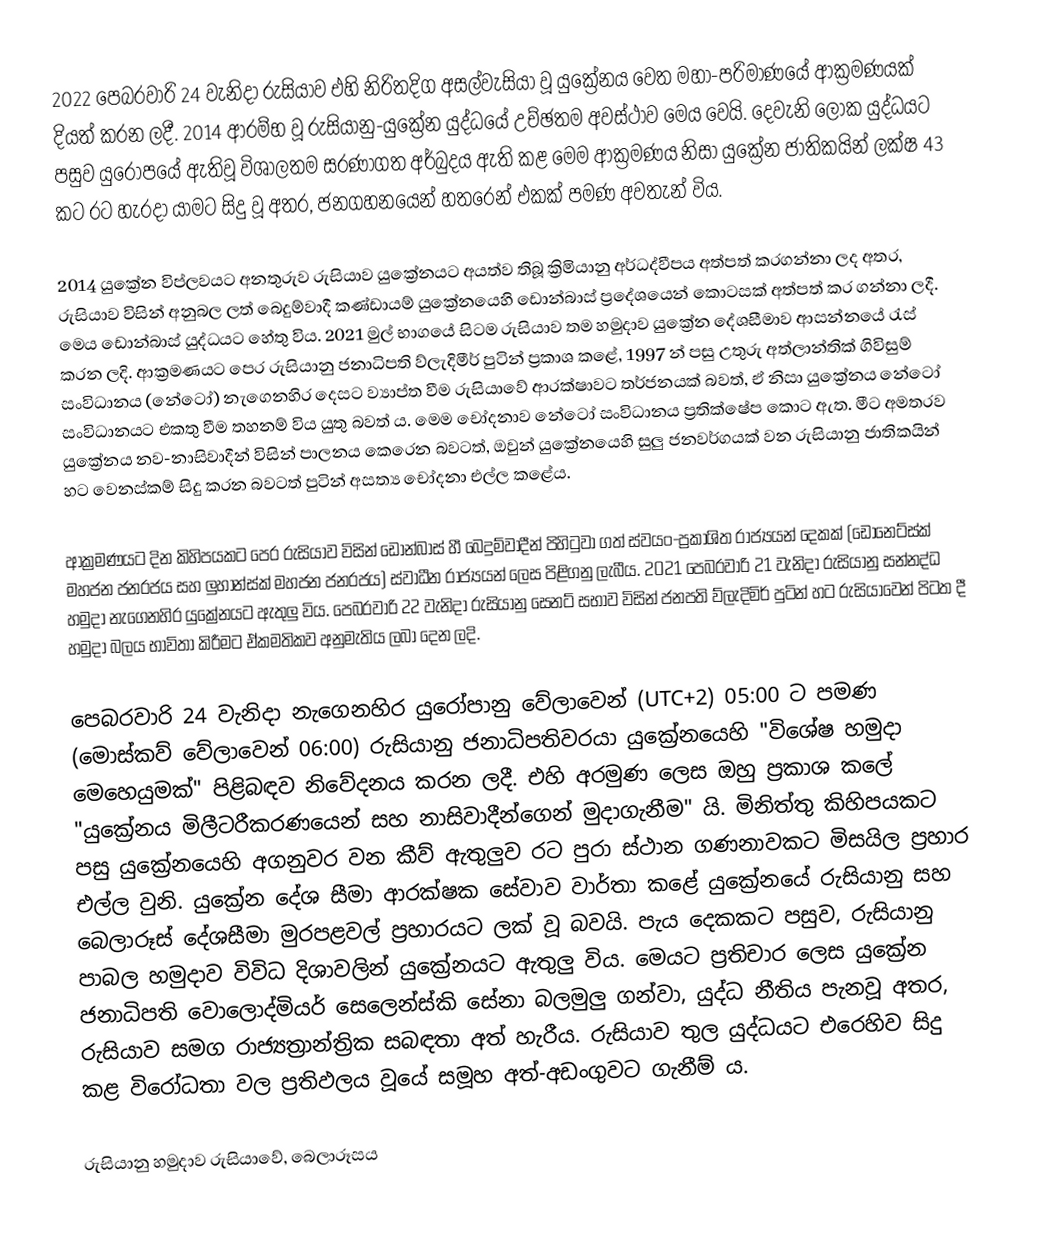
2022 පෙබරවාරි 24 වැනිදා රුසියාව එහි නිරිතදිග අසල්වැසියා වූ යුක්‍රේනය වෙත මහා-පරිමාණයේ ආක්‍රමණයක් දියත් කරන ලදී. 2014 ආරම්භ වූ රුසියානු-යුක්‍රේන යුද්ධයේ උච්ඡතම අවස්ථාව මෙය වෙයි. දෙවැනි ලෝක යුද්ධයට පසුව යුරෝපයේ ඇතිවූ විශාලතම සරණාගත අර්බුදය ඇති කළ මෙම ආක්‍රමණය නිසා යුක්‍රේන ජාතිකයින් ලක්ෂ 43 කට රට හැරදා යාමට සිදු වූ අතර, ජනගහනයෙන් හතරෙන් එකක් පමණ අවතැන් විය.

2014 යුක්‍රේන විප්ලවයට අනතුරුව රුසියාව යුක්‍රේනයට අයත්ව තිබූ ක්‍රිමියානු අර්ධද්වීපය අත්පත් කරගන්නා ලද අතර, රුසියාව විසින් අනුබල ලත් බෙදුම්වාදී කණ්ඩායම් යුක්‍රේනයෙහි ඩොන්බාස් ප්‍රදේශයෙන් කොටසක් අත්පත් කර ගන්නා ලදී. මෙය ඩොන්බාස් යුද්ධයට හේතු විය. 2021 මුල් භාගයේ සිටම රුසියාව තම හමුදාව යුක්‍රේන දේශසීමාව ආසන්නයේ රැස් කරන ලදි. ආක්‍රමණයට පෙර රුසියානු ජනාධිපති ව්ලැදිමීර් පුටින් ප්‍රකාශ කළේ, 1997 න් පසු උතුරු අත්ලාන්තික් ගිවිසුම් සංවිධානය (නේටෝ) නැගෙනහිර දෙසට ව්‍යාප්ත වීම රුසියාවේ ආරක්ෂාවට තර්ජනයක් බවත්, ඒ නිසා යුක්‍රේනය නේටෝ සංවිධානයට එකතු වීම තහනම් විය යුතු බවත් ය. මෙම චෝදනාව නේටෝ සංවිධානය ප්‍රතික්ෂේප කොට ඇත. මීට අමතරව යුක්‍රේනය නව-නාසිවාදීන් විසින් පාලනය කෙරෙන බවටත්, ඔවුන් යුක්‍රේනයෙහි සුලු ජනවර්ගයක් වන රුසියානු ජාතිකයින් හට වෙනස්කම් සිදු කරන බවටත් පුටින් අසත්‍ය චෝදනා එල්ල කළේය.

ආක්‍රමණයට දින කිහිපයකට පෙර රුසියාව විසින් ඩොන්බාස් හී බෙදුම්වාදීන් පිහිටුවා ගත් ස්වයං-ප්‍රකාශිත රාජ්‍යයන් දෙකක් (ඩොනෙට්ස්ක් මහජන ජනරජය සහ ලුහාන්ස්ක් මහජන ජනරජය) ස්වාධීන රාජ්‍යයන් ලෙස පිළිගනු ලැබීය. 2021 පෙබරවාරි 21 වැනිදා රුසියානු සන්නද්ධ හමුදා නැගෙනහිර යුක්‍රේනයට ඇතුලු විය. පෙබරවාරි 22 වැනිදා රුසියානු සෙනට් සභාව විසින් ජනපති ව්ලැදිමිර් පුටින් හට රුසියාවෙන් පිටත දී හමුදා බලය භාවිතා කිරීමට ඒකමතිකව අනුමැතිය ලබා දෙන ලදි.

පෙබරවාරි 24 වැනිදා නැගෙනහිර යුරෝපානු වේලාවෙන් (UTC+2) 05:00 ට පමණ (මොස්කව් වේලාවෙන් 06:00) රුසියානු ජනාධිපතිවරයා යුක්‍රේනයෙහි "විශේෂ හමුදා මෙහෙයුමක්" පිළිබඳව නිවේදනය කරන ලදී. එහි අරමුණ ලෙස ඔහු ප්‍රකාශ කලේ "යුක්‍රේනය මිලීටරීකරණයෙන් සහ නාසිවාදීන්ගෙන් මුදාගැනීම" යි. මිනිත්තු කිහිපයකට පසු යුක්‍රේනයෙහි අගනුවර වන කීව් ඇතුලුව රට පුරා ස්ථාන ගණනාවකට මිසයිල ප්‍රහාර එල්ල වුනි. යුක්‍රේන දේශ සීමා ආරක්ෂක සේවාව වාර්තා කළේ යුක්‍රේනයේ රුසියානු සහ බෙලාරූස් දේශසීමා මුරපළවල් ප්‍රහාරයට ලක් වූ බවයි. පැය දෙකකට පසුව, රුසියානු පාබල හමුදාව විවිධ දිශාවලින් යුක්‍රේනයට ඇතුලු විය. මෙයට ප්‍රතිචාර ලෙස යුක්‍රේන ජනාධිපති වොලොද්මියර් සෙලෙන්ස්කි සේනා බලමුලු ගන්වා, යුද්ධ නීතිය පැනවූ අතර, රුසියාව සමග රාජ්‍යත්‍රාන්ත්‍රික සබඳතා අත් හැරීය. රුසියාව තුල යුද්ධයට එරෙහිව සිදු කළ විරෝධතා වල ප්‍රතිඵලය වූයේ සමූහ අත්-අඩංගුවට ගැනීම් ය.

රුසියානු හමුදාව රුසියාවේ, බෙලාරූසය